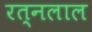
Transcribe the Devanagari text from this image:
रत्नलाल